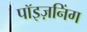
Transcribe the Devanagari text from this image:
पॉइज़निंग